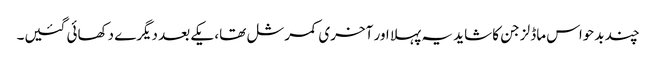
چند بدحواس ماڈلز جن کا شاید یہ پہلا اور آخری کمرشل تھا، یکے بعد دیگرے دکھائی گئیں۔